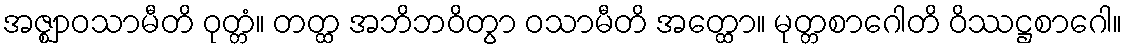
အဇ္ဈာဝသာမီတိ ဝုတ္တံ။ တတ္ထ အဘိဘဝိတွာ ဝသာမီတိ အတ္ထော။ မုတ္တစာဂေါတိ ဝိဿဋ္ဌစာဂေါ။